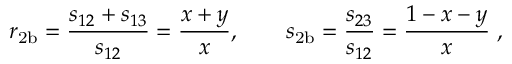
r _ { \mathrm { 2 b } } = \frac { s _ { 1 2 } + s _ { 1 3 } } { s _ { 1 2 } } = \frac { x + y } { x } , \qquad s _ { \mathrm { 2 b } } = \frac { s _ { 2 3 } } { s _ { 1 2 } } = \frac { 1 - x - y } { x } \; ,